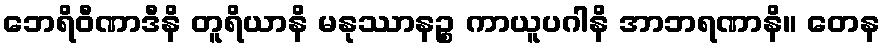
ဘေရိဝီဏာဒီနိ တူရိယာနိ မနုဿာနဉ္စ ကာယူပဂါနိ အာဘရဏာနိ။ တေန